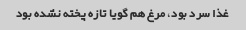
غذا سرد بود، مرغ هم گویا تازه پخته نشده بود